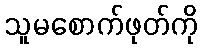
သူမစောက်ဖုတ်ကို